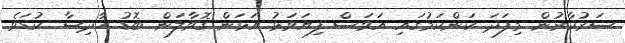
ސަރުކާރުން މިފަދަ ކަންކަމުގައި އަވަސް ފިޔަވަޅު އަޅަން ގޮވާލަން ބޮޑު ހާދިސާ ކުޑަވެ